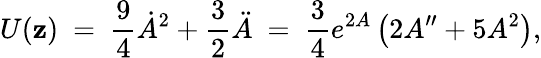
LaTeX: U(\mathbf{z})\ =\ \frac{{9}}{{4}}\dot{{A}}^{2}+\frac{{3}}{{2}}\ddot{{A}}\ =\ \frac{{3}}{{4}}e^{2A}\left(2A^{\prime\prime}+5A^{2}\right),